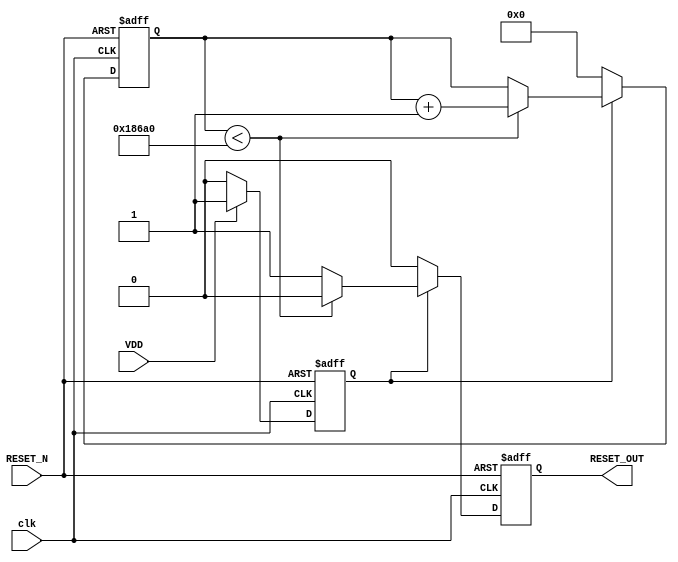
module PowerOnReset #(
    parameter RESET_DURATION = 100000 // Duration for which RESET_OUT is active (in clock cycles)
)(
    input wire VDD,          // Power supply status
    input wire RESET_N,      // Active low reset input
    input wire clk,          // Clock signal
    output reg RESET_OUT     // Reset output signal
);

    reg [31:0] counter;      // Counter for timing the reset duration
    reg power_on;           // Indicates if power is stable

    // State machine to handle power-on reset logic
    always @(posedge clk or negedge RESET_N) begin
        if (!RESET_N) begin
            // If RESET_N is asserted, hold RESET_OUT low
            RESET_OUT <= 1'b0;
            counter <= 0;
            power_on <= 1'b0;
        end else begin
            // Check for power-on condition
            if (VDD) begin
                power_on <= 1'b1;
            end else begin
                power_on <= 1'b0;
            end

            // If power is stable and we are in power-on state
            if (power_on) begin
                if (counter < RESET_DURATION) begin
                    // Keep RESET_OUT low for the defined duration
                    RESET_OUT <= 1'b0;
                    counter <= counter + 1;
                end else begin
                    // After the duration, release the reset if RESET_N is not asserted
                    RESET_OUT <= 1'b1;
                end
            end else begin
                // If power is not stable, keep RESET_OUT low
                RESET_OUT <= 1'b0;
                counter <= 0; // Reset counter if power is unstable
            end
        end
    end

endmodule